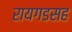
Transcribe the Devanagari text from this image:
रायगडसह